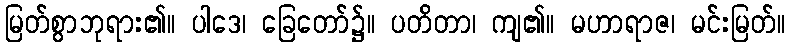
မြတ်စွာဘုရား၏။ ပါဒေ၊ ခြေတော်၌။ ပတိတာ၊ ကျ၏။ မဟာရာဇ၊ မင်းမြတ်။